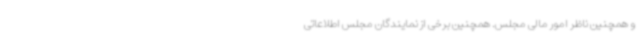
و همچنین ناظر امور مالی مجلس. همچنین برخی از نمایندگان مجلس اطلاعاتی